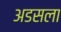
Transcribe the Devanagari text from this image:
अडसला